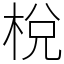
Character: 梲